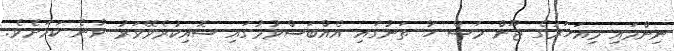
ނިންމައި މިއަަހަރުގެ ޖޫން މަސް ހާ ތަނުގައި އެއްބަސްވުމުގައި ސޮއިކުރެވޭވަރު ވާނެ ކަމަށެވެ.